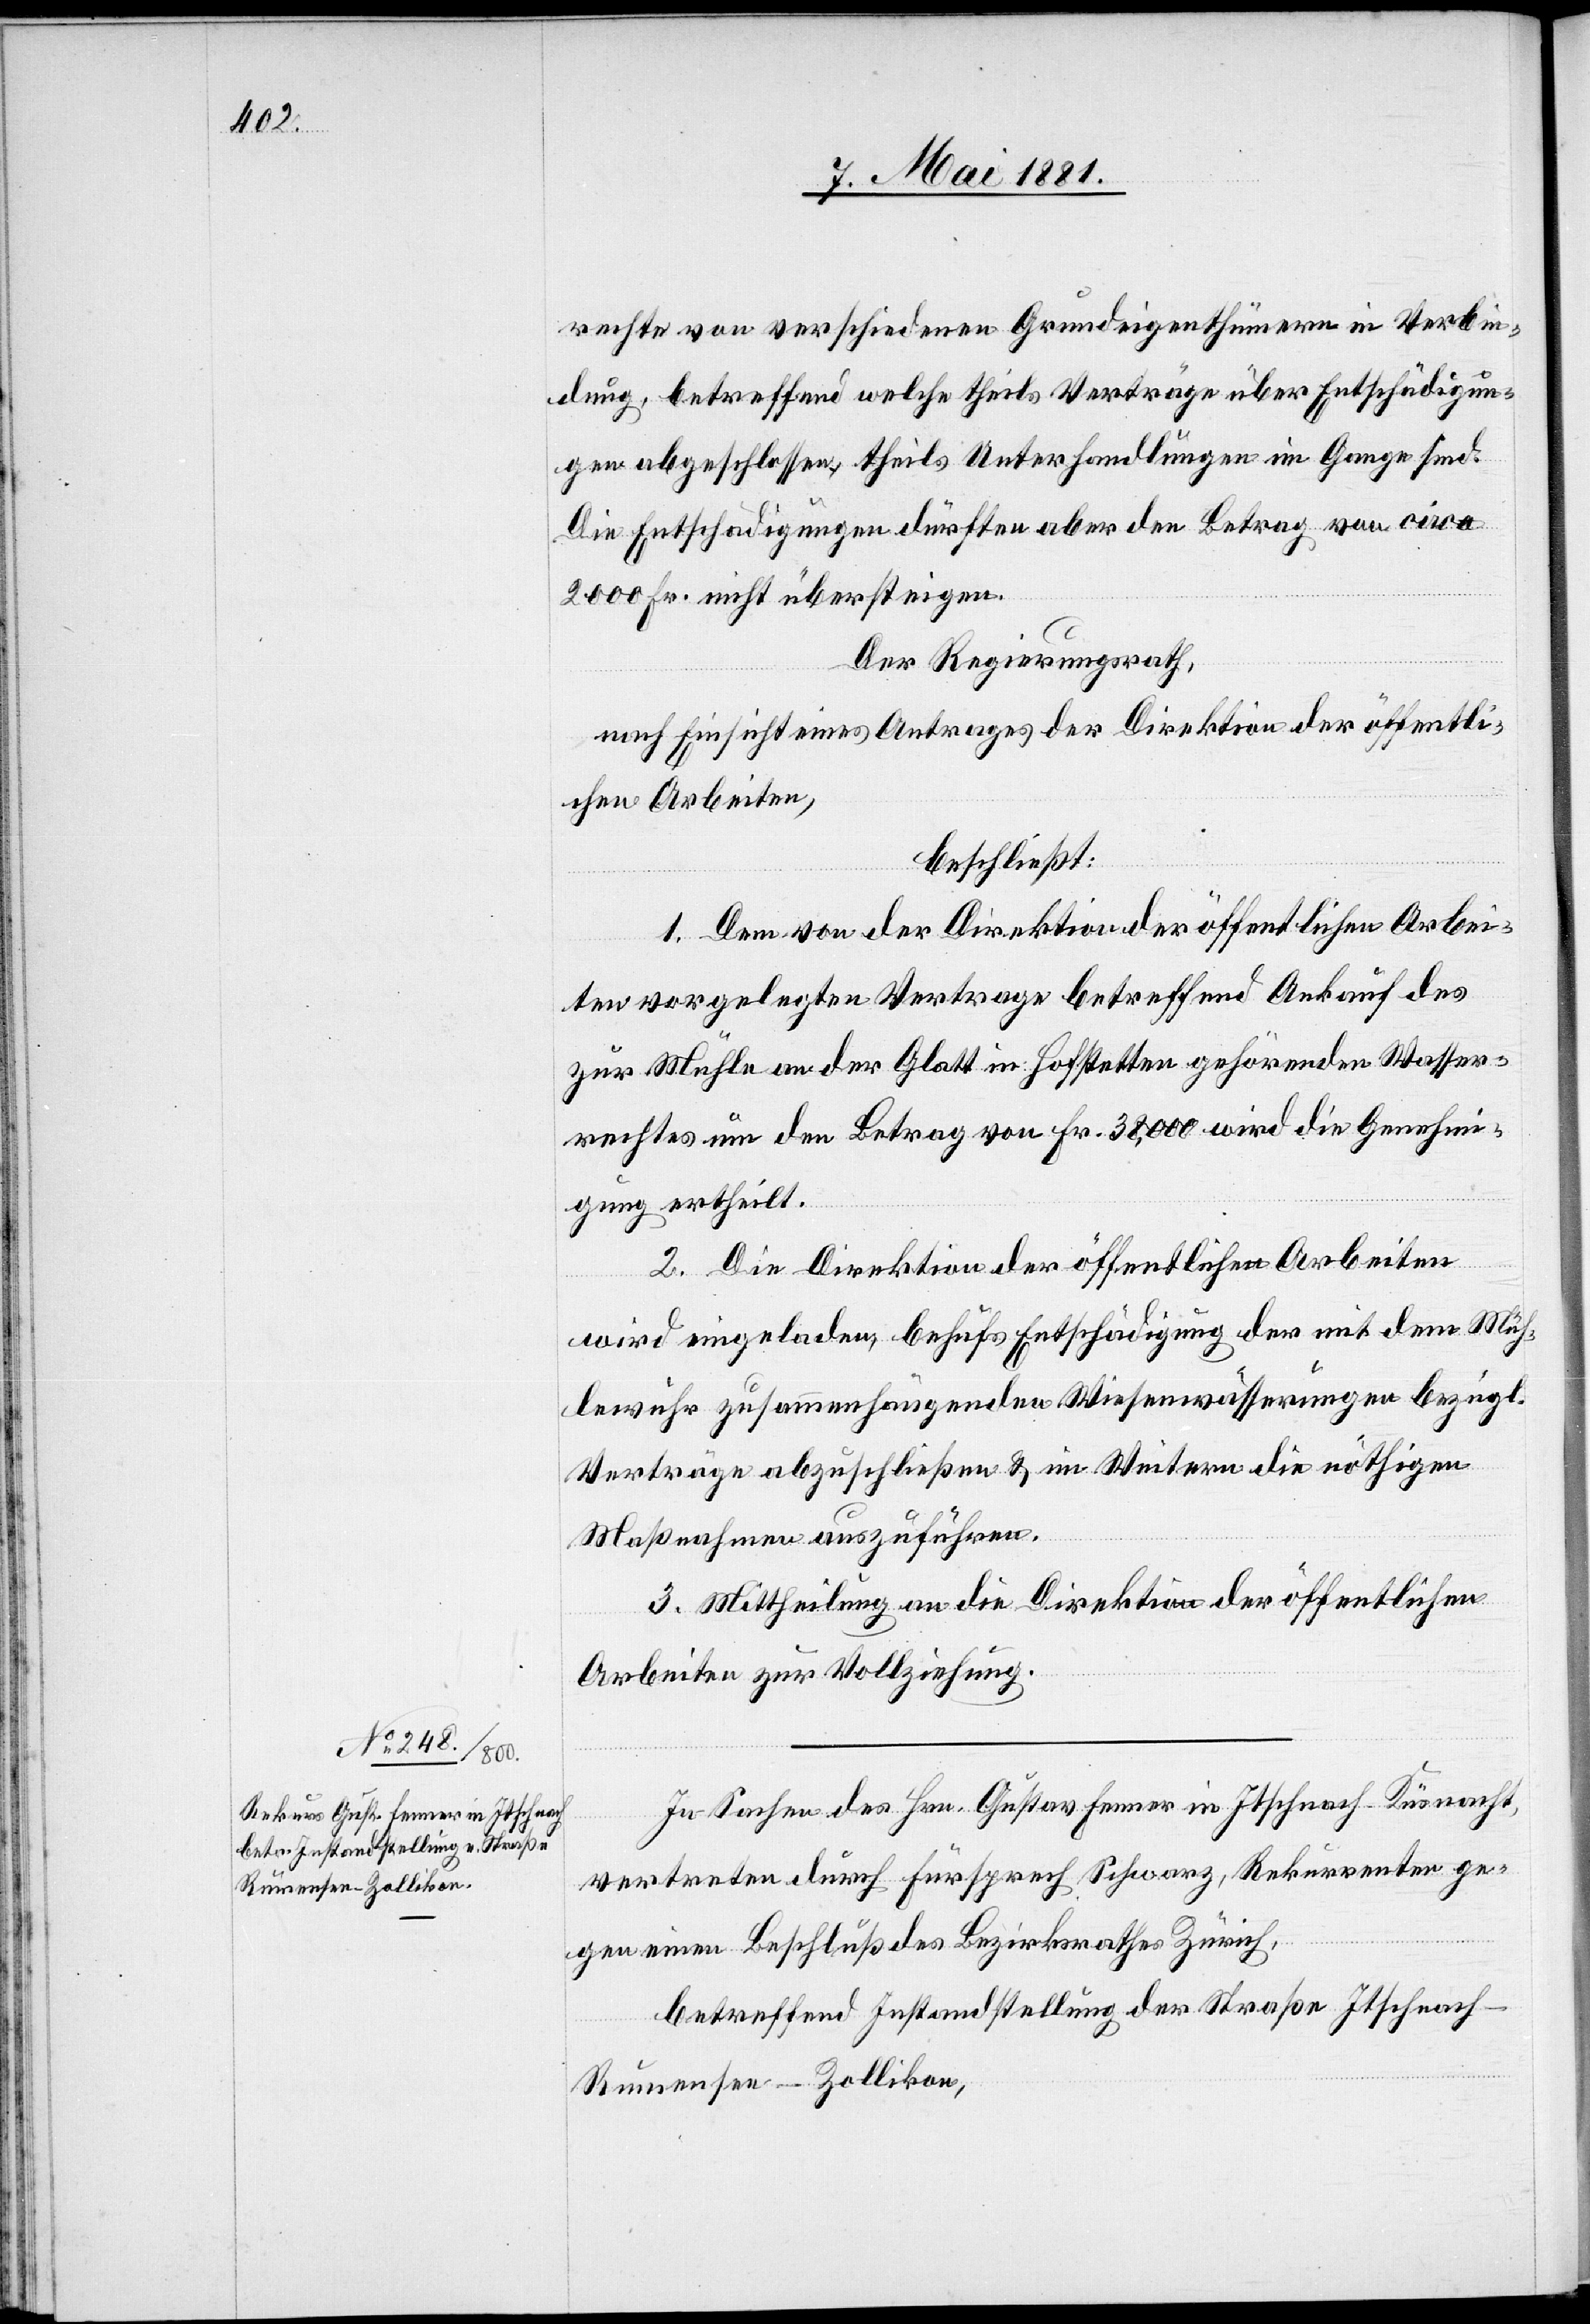
rechte von verschiedenen Grundeigenthümern in Verbin¬
dung, betreffend welche theils Verträge über Entschädigun¬
gen abgeschlossen, theils Unterhandlungen im Gange sind.
Die Entschädigungen dürften aber den Betrag von circa
2000 Fr. nicht übersteigen.
Der Regierungsrath,
nach Einsicht eines Antrages der Direktion der öffentli¬
chen Arbeiten,
beschließt:
1. Dem von der Direktion der öffentlichen Arbei¬
ten vorgelegten Vertrage betreffend Ankauf des
zur Mühle an der Glatt in Hofstetten gehörenden Wasser¬
rechtes um den Betrag von Fr. 38,000 wird die Genehmi¬
gung ertheilt.
2. Die Direktion der öffentlichen Arbeiten
wird eingeladen, behufs Entschädigung der mit dem Müh¬
lewuhr zusammenhängenden Wiesenwässerungen bezügl.
Verträge abzuschließen & im Weitern die nöthigen
Maßnahmen auszuführen.
3. Mittheilung an die Direktion der öffentlichen
Arbeiten zu Vollziehung.
In Sachen des Hrn. Gustav Fenner in Itschnach - Küsnacht,
vertreten durch Fürsprech Schwarz, Rekurrenten ge¬
gen einen Beschluß des Bezirksrathes Zürich,
betreffend Instandstellung der Straße Itschnac¬
h–Rumensee–Zollikon,